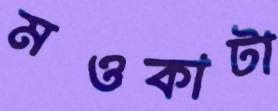
মওকাটা